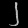
Digit: ၂